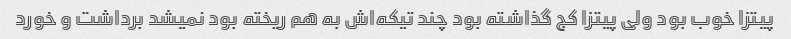
پیتزا خوب بود ولی پیتزا کج گذاشته بود چند تیکه‌اش به هم ریخته بود نمیشد برداشت و خورد